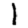
Digit: 1